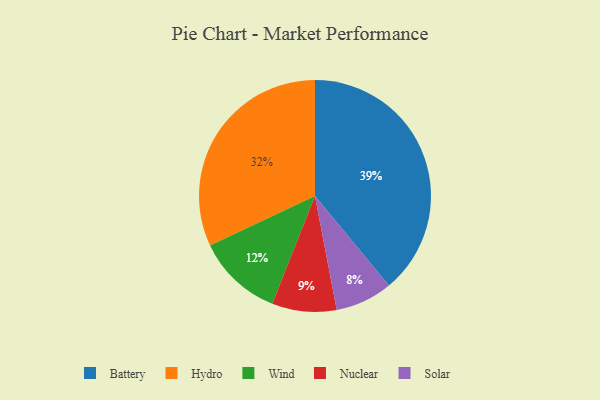
{"axis": {"x": "Category", "y": "Percentage"}, "legend": ["Battery", "Hydro", "Nuclear", "Solar", "Wind"], "data": [{"x": "Hydro", "y": 32, "type": "Hydro"}, {"x": "Solar", "y": 8, "type": "Solar"}, {"x": "Wind", "y": 12, "type": "Wind"}, {"x": "Battery", "y": 39, "type": "Battery"}, {"x": "Nuclear", "y": 9, "type": "Nuclear"}]}